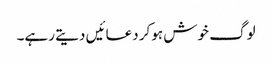
لوگ خوش ہوکر دعائیں دیتے رہے۔